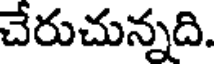
చేరుచున్నది.